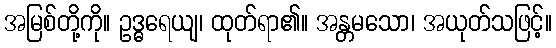
အမြစ်တို့ကို။ ဥဒ္ဓရေယျ၊ ထုတ်ရာ၏။ အန္တမသော၊ အယုတ်သဖြင့်။